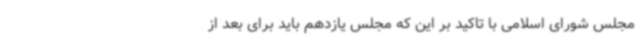
مجلس شورای اسلامی با تاکید بر این که مجلس یازدهم باید برای بعد از